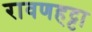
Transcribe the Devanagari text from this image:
रावणहट्टा